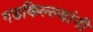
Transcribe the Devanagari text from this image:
गडकिल्ल्यांनी